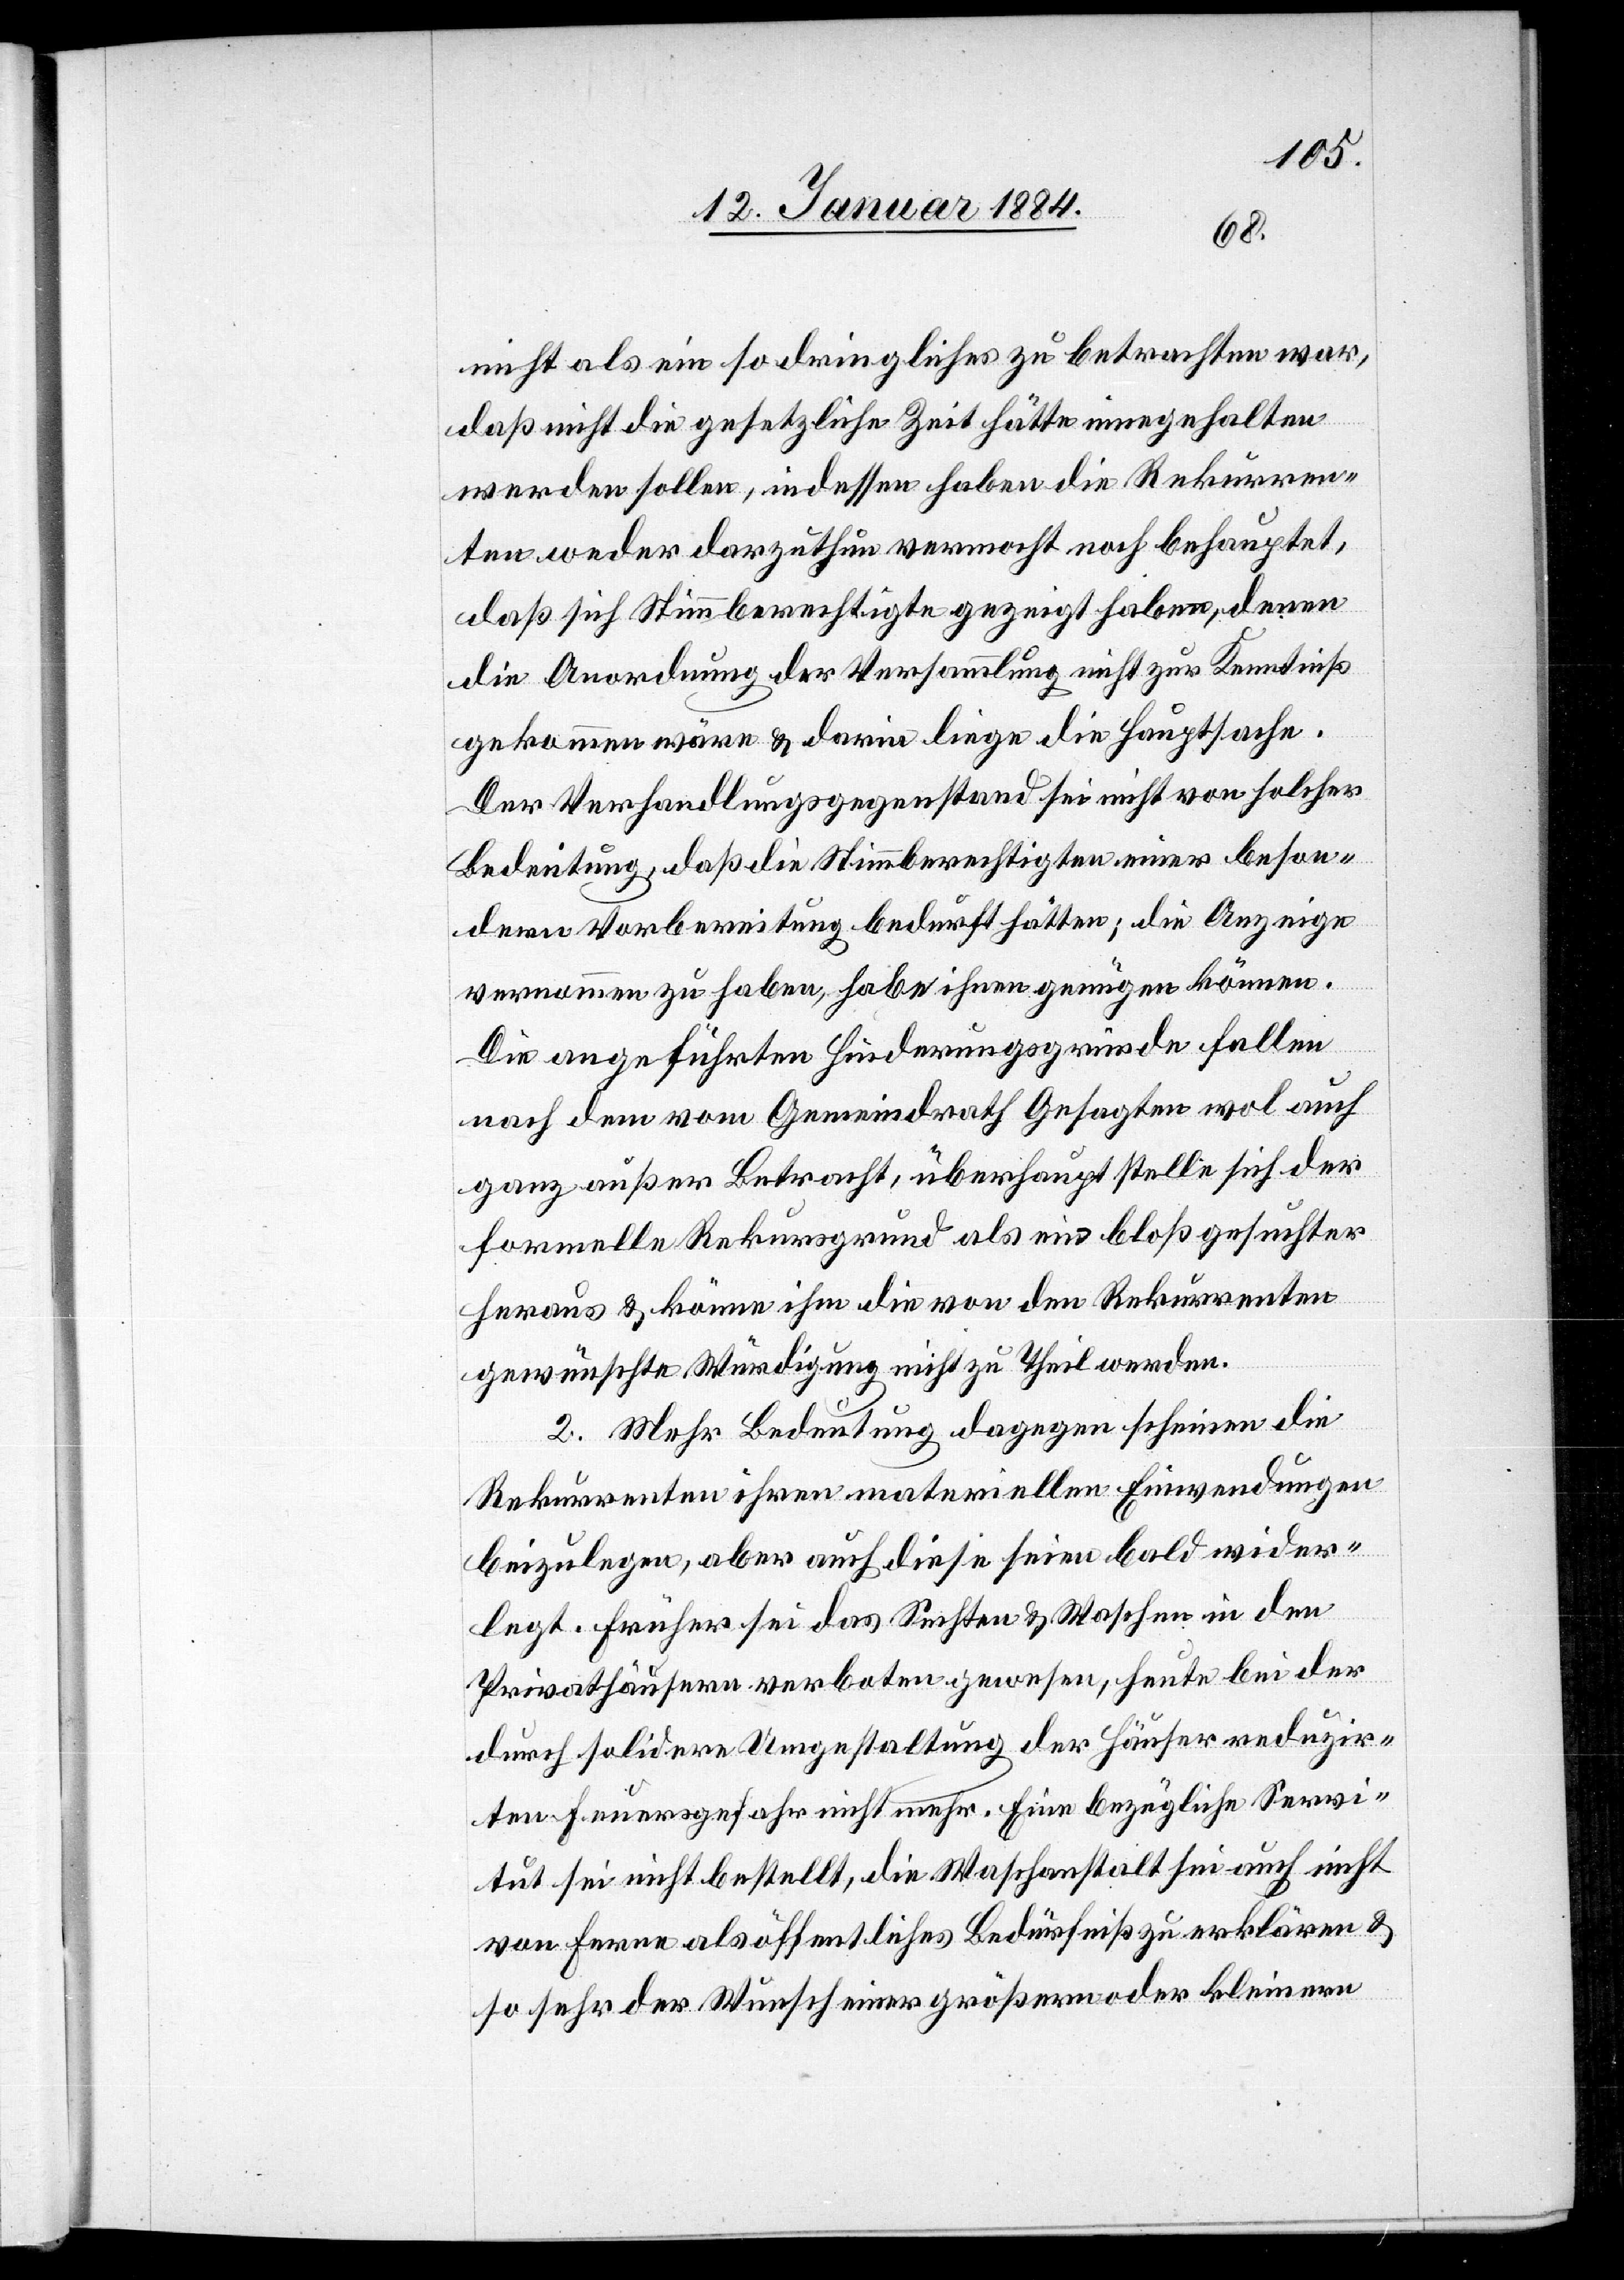
nicht als ein so dringliches zu betrachten war,
daß nicht die gesetzliche Zeit hätte eingehalten
werden sollen, indessen haben die Rekurren¬
ten weder darzuthun vermocht noch behauptet,
daß sich Stimmberechtige gezeigt haben, denen
die Anordnung der Versammlung nicht zur Kenntniß
gekommen wäre & darin liege die Hauptsache.
Der Verhandlungsgegenstand sei nicht von solcher
Bedeutung, daß die Stimmberechtigten einer beson¬
dern Vorbereitung bedurft hätten; die Anzeige
vernommen zu haben, habe ihnen genügen können.
Die angeführten Hinderungsgründe fallen
nach dem vom Gemeindrath Gesagten wol auch
ganz außer Betracht, überhaupt stelle sich der
formelle Rekursgrund als ein bloß gesuchter
heraus & könne ihm die von den Rekurrenten
gewünschte Würdigung nicht zu Theil werden.
2. Mehr Bedeutung dagegen scheinen die
Rekurrenten ihren materiellen Einwendungen
beizulegen, aber auch diese seien bald wider¬
legt. Früher sei das Sechten & Waschen in den
Privathäusern verboten gewesen, heute bei der
durch solidere Umgestaltung der Häuser reduzir¬
ten Feuergefahr nicht mehr. Eine bezügliche Servi¬
tut sei nicht bestellt, die Waschanstalt sei auch nicht
von ferne als öffentliches Bedürfniß zu erklären &
so sehr der Wunsch einer größeren oder kleineren